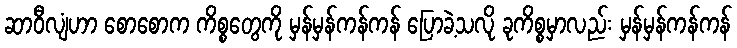
ဆာဝီလျံဟာ စောစောက ကိစ္စတွေကို မှန်မှန်ကန်ကန် ပြောခဲ့သလို ခုကိစ္စမှာလည်း မှန်မှန်ကန်ကန်